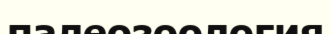
палеозоология